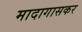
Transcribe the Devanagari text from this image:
मादागासकर